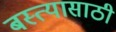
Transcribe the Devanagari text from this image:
बस्त्यासाठी